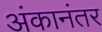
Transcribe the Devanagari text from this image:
अंकानंतर